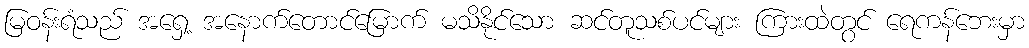
မြဝန်းရံသည် အရှေ့ အနောက်တောင်မြောက် မသိနိုင်သော ဆင်တူသစ်ပင်များ ကြားထဲတွင် ရေကန်ဘေးမှာ